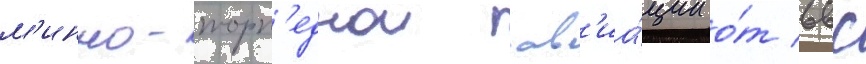
м'инно-торп'еднои ав'иа́ции о́т ввс